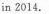
in 2014.